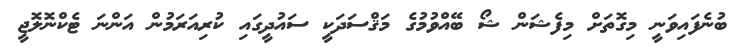
ބުނެފައިވަނީ މިގޮތަށް މިފެޝަން ޝޯ ބޭއްވުމުގެ މަޤްސަދަކީ ސައުދީގައި ކުރިއަރަމުން އަންނަ ޓެކްނޮލޮޖީ